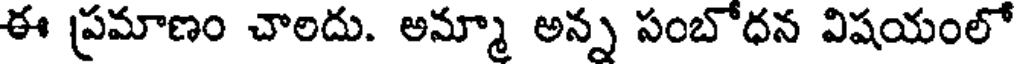
ఈ ప్రమాణం చాలదు. అమ్మా అన్న సంబోధన విషయంలో